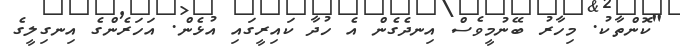
"ކޮންތާކު. މިހާރު ބޭނުމީވެސް އިނދެގެން އެ ހުދާ ކައިރީގައި އުޅެން. އަހަރެންގެ އިނގިލީގެ